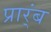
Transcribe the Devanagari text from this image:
प्रार्ंब